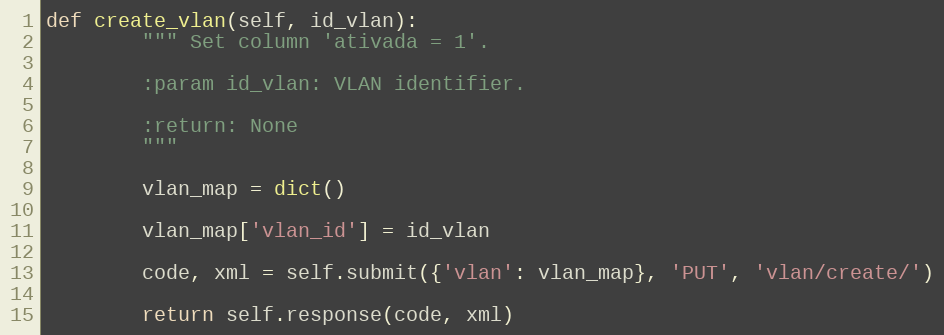
Language: Python
def create_vlan(self, id_vlan):
        """ Set column 'ativada = 1'.

        :param id_vlan: VLAN identifier.

        :return: None
        """

        vlan_map = dict()

        vlan_map['vlan_id'] = id_vlan

        code, xml = self.submit({'vlan': vlan_map}, 'PUT', 'vlan/create/')

        return self.response(code, xml)